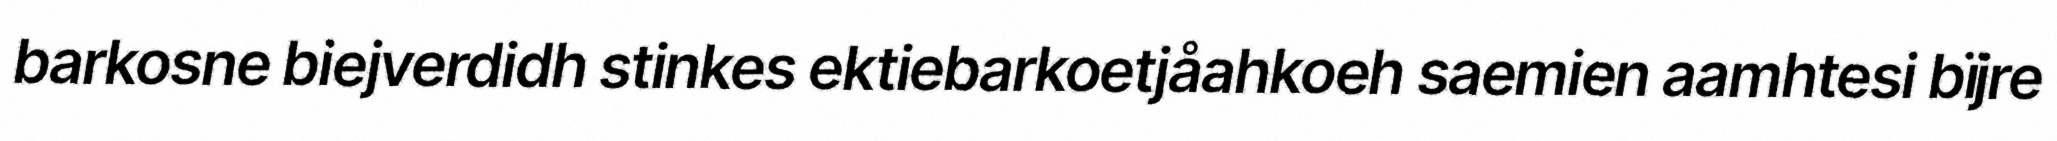
barkosne biejverdidh stinkes ektiebarkoetjåahkoeh saemien aamhtesi bïjre